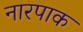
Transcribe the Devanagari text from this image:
नारपाक